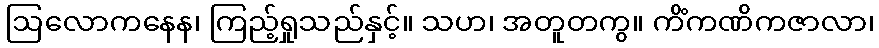
ဩလောကနေန၊ ကြည့်ရှုသည်နှင့်။ သဟ၊ အတူတကွ။ ကိံကဏိကဇာလာ၊